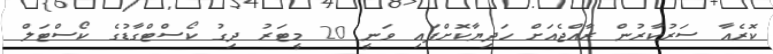
ކޮރެއާ ސަރުކާރުން ރާއްޖެއަށް ހަދިޔާކޮށްފައި ވަނީ 20 މީޓަރު ދިގު ކޯސްޓްގާޑުގެ ކޯސްޓަލް